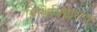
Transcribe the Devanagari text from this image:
विश्विविद्यालय